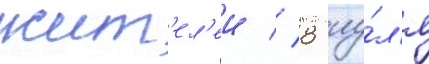
жит'ел'еи // 8 иу́л'я